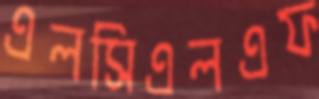
এলসিএলএফ